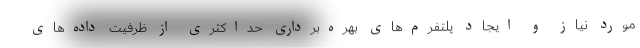
مورد نیاز و ایجاد پلتفرم‌های بهره‌برداری حداکثری از ظرفیت داده‌های